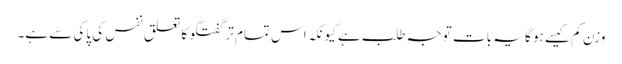
وزن کم کیسے ہو گا یہ بات توجہ طلب ہے کیونکہ اس تمام تر گفتگو کا تعلق نفس کی پاکی سے ہے۔